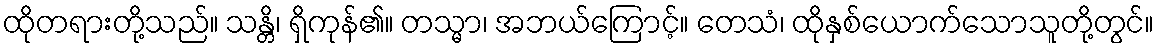
ထိုတရားတို့သည်။ သန္တိ၊ ရှိကုန်၏။ တသ္မာ၊ အဘယ်ကြောင့်။ တေသံ၊ ထိုနှစ်ယောက်သောသူတို့တွင်။